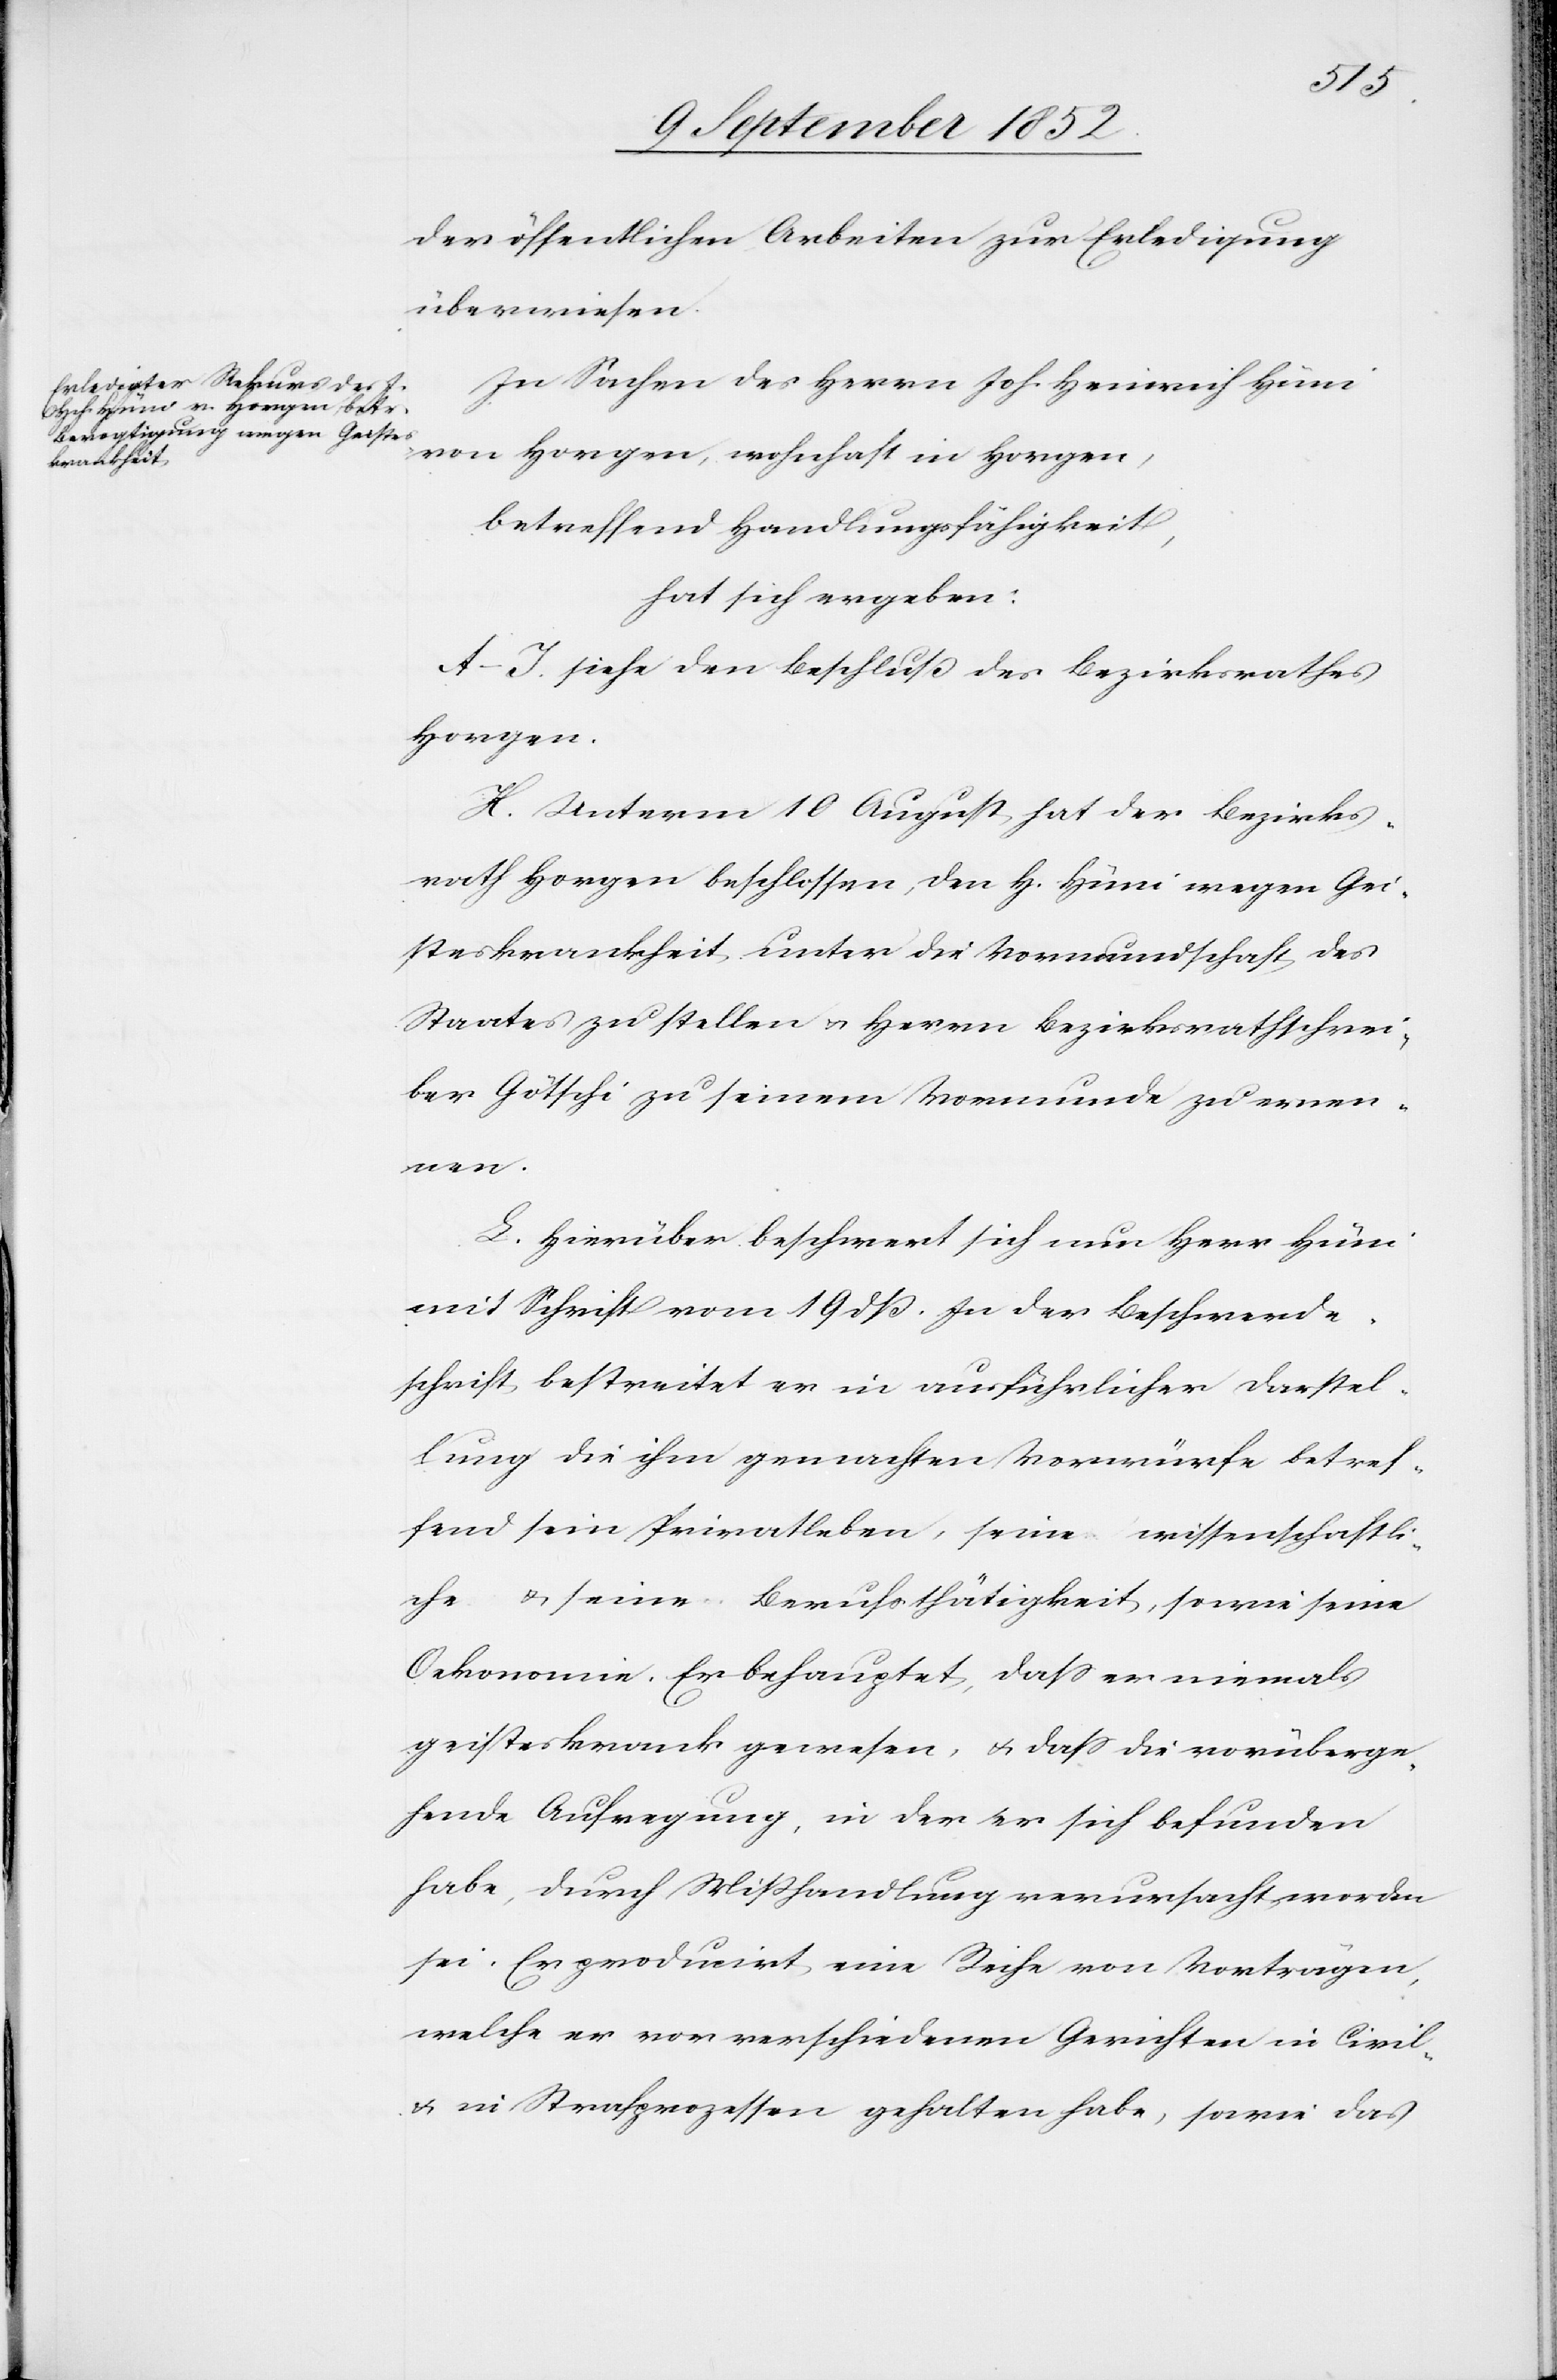
der öffentlichen Arbeiten zur Erledigung
überwiesen.
In Sachen des Herrn Joh. Heinrich Hüni
von Horgen, wohnhaft in Horgen,
betreffend Handlungsfähigkeit,
hat sich ergeben:
A–I. siehe den Beschluß des Bezirksrathes
Horgen.
K. Unterm 10 August hat der Bezirks¬
rath Horgen beschlossen, den H. Hüni wegen Gei¬
steskrankheit unter die Vormundschaft des
Staates zu stellen & Herrn Bezirksrathschrei¬
ber Götschi zu seinem Vormunde zu ernen¬
nen.
L. Hierüber beschwert sich nun Herr Hüni
mit Schrift vom 19 dß. In der Beschwerde¬
schrift bestreitet er in ausführlicher Darstel¬
lung die ihm gemachten Vorwürfe betref¬
fend sein Privatleben, seine wissenschaftli¬
che & seine Berufsthätigkeit, sowie seine
Oekonomie. Er behauptet, dass er niemals
geisteskrank gewesen, & dass die vorüberge¬
hende Aufregung, in der er sich befunden
habe, durch Mißhandlung verursacht worden
sei. Er producirt eine Reihe von Vorträgen,
welche er vor verschiedenen Gerichten in Civil-
& in Strafprozessen gehalten habe, sowie das